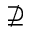
\nsupseteq